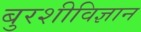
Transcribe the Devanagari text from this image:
बुरशीविज्ञान